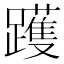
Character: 𰸳